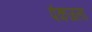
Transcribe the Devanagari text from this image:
पंकजला